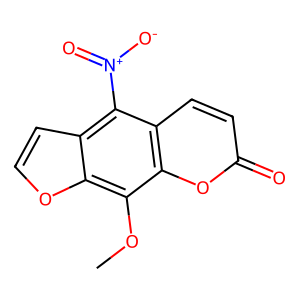
SMILES: COc1c2occc2c([N+](=O)[O-])c2ccc(=O)oc12
Inhibits HIV replication: No